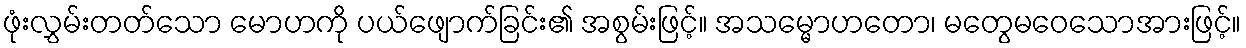
ဖုံးလွှမ်းတတ်သော မောဟကို ပယ်ဖျောက်ခြင်း၏ အစွမ်းဖြင့်။ အသမ္မောဟတော၊ မတွေမဝေသောအားဖြင့်။